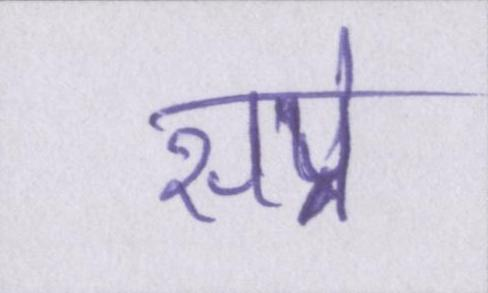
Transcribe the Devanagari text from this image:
सप्रे